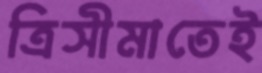
ত্রিসীমাতেই